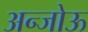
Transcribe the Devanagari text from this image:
अन्जोऊ